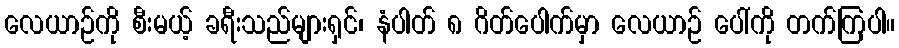
လေယာဉ်ကို စီးမယ့် ခရီးသည်များရှင်၊ နံပါတ် ၈ ဂိတ်ပေါက်မှာ လေယာဉ် ပေါ်ကို တက်ကြပါ။